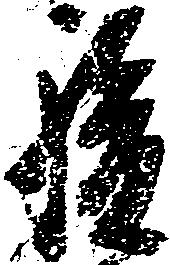
駿